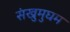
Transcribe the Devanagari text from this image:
संखुमुघम